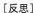
〔反思】